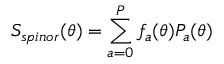
S _ { s p i n o r } ( \theta ) = \sum _ { a = 0 } ^ { P } f _ { a } ( \theta ) { \cal P } _ { a } ( \theta )